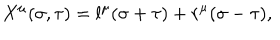
X ^ { \mu } ( \sigma , \tau ) = l ^ { \mu } ( \sigma + \tau ) + r ^ { \mu } ( \sigma - \tau ) ,